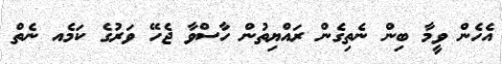
އެހެން ވީމާ ބިން ނެތިގެން ރައްޔިތުން ހާސްވާ ޖެހޭ ވަރުގެ ކަމެއ ނެތް